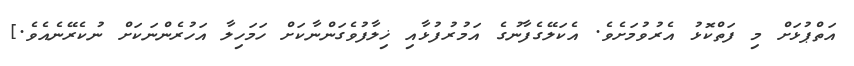
އަތްޕުޅަށް މި ފަތްކޮޅު އެރުވުމަށެވެ. އެކަލޭގެފާނުގެ އަމުރުފުޅާއި ޚިލާފުވެގަންނާކަށް ހަމަހިލާ އަހުރެންނަކަށް ނުކެރޭނެއެވެ.]